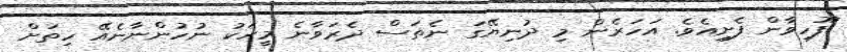
ފޫހިވާން ފެށިއެވެ. އަހަރެން މި ދުނިޔޭގަ ނެތަސް ދެރަވާނެ މީހަކު ނުހުންނާނެއޭ ހިތަށް